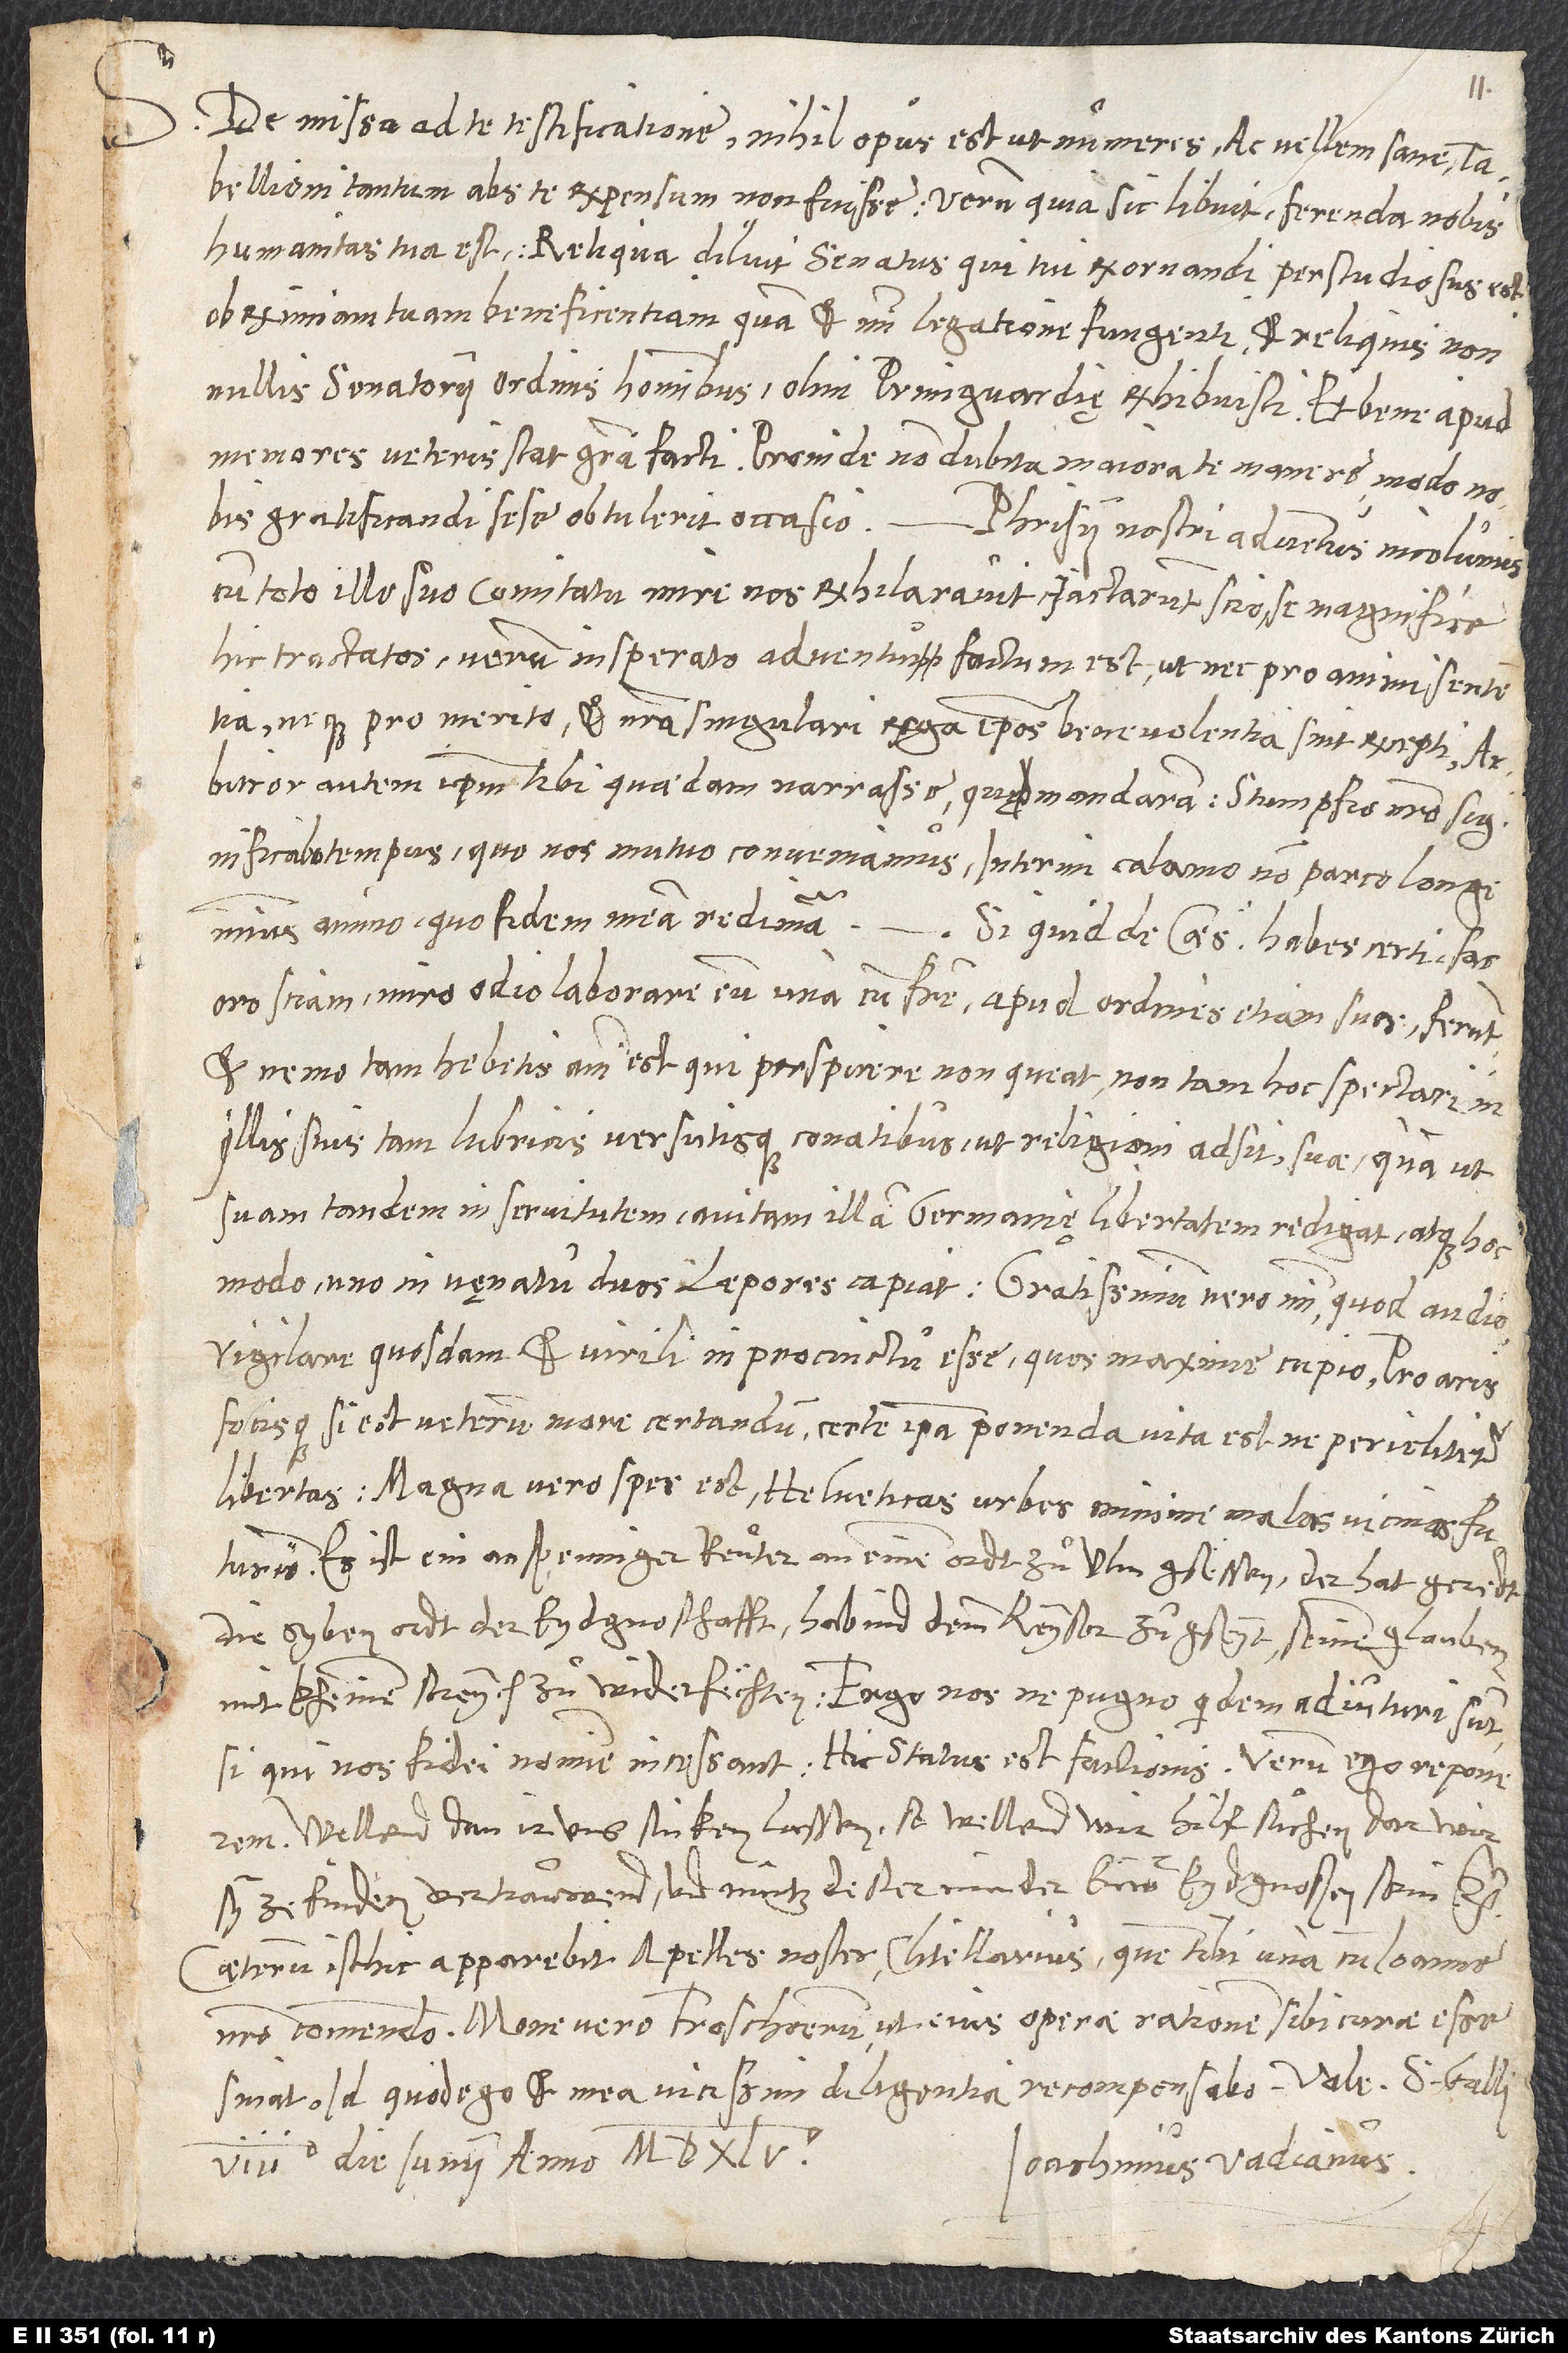
S. De missa ad te testificatione nihil opus est, ut numeres, ac vellem sane,
tabellioni tantum abs te expensum non fuisse; verum quia sic libuit, ferenda nobis
humanitas tua est. Reliqua diluit senatus, qui tui exornandi perstudiosus est
ob eximiam tuam beneficentiam, quam et mihi legatione fungenti et reliquis
nonnullis senatorii ordinis hominibus olini Primguardię exhibuisti; et bene apud
memores veteris stat gratia facti. Proinde non dubita, maiora te manere, modo nobis
gratificandi sese obtulerit occasio. - Phrisii nostri adventus incolumis
cum toto illo suo comitatu mire nos exhilaravit. Iactarunt, scio, se magnifice
hic tractatos; verum insperato adventu factum est, ut nec pro animi sententia
neque pro merito et nostra singulari erga ipsos benevolentia sint excepti.
Arbitror autem, ipsum tibi quaedam narrasse, quę mandaram. Stumpfio nostro
significabo tempus, quo nos mutuo conveniamus. Interim calamo non parco, longe
S.
animo, quo fidem meam redimam. - Si quid de Caesare habes certi, fac,
oro, sciam. Miro odio laborare eum una cum fratre apud ordines etiam suos ferunt,
et nemo tam hebetis animi est, qui perspicere non queat, non tam hoc spectari in
illis suis tam lubricis versutisque conatibus, ut religioni adsit suae, quam ut
suam tandem in servitutem avitam illam Germanię libertatem redigat atque hoc
modo uno in venatu duos lepores capiat. Gratissimum vero mihi, quod audio,
vigilare quosdam et (pro) virili in procinctu esse, quos maxime cupio. Pro aris
focisque si est veterum more certandum, certe ipsa ponenda vita est, ne periclitetur
libertas. Magna vero spes est, Helveticas urbes minime malas vicinas futuras.
Es ist ein anspenniger reuter an einem ordt zuͦ Ulm gsëssen; der hat geredt,
die syben ordt der eydgnoschafft habind dem keyser zugsey t, seinem glauben
mit kheinem streych zuͦ widerfechten. Ergo nos ne pugno quidem adiuturi sunt,
si qui nos fidei nomine incessant. Hic status est factionis. Verum ego reponerem:
Wellend dan ir uns sinken lassen, so wellend wir hilf suͦchen, dar wir
sy ze finden vertrauwend, und nüntz desterminder euwer eydgnoßen sein etc.
Ceterum istic apparebit Apelles noster clitellarius, quem tibi una cum Ioanne
nostro commendo. Mone vero Froschoerum, ut eius operae rationem sibi curae esse
sinat; id quod ego et mea vicissim diligentia recompensabo. Vale.
Ioachimus Vadianus.